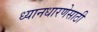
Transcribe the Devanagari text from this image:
ध्यानधारणेसाठी